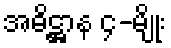
အဓိဋ္ဌာန ၄-မျိုး